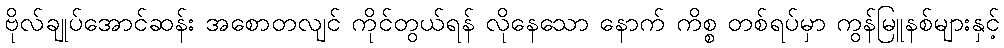
ဗိုလ်ချုပ်အောင်ဆန်း အစောတလျင် ကိုင်တွယ်ရန် လိုနေသော နောက် ကိစ္စ တစ်ရပ်မှာ ကွန်မြူနစ်များနှင့်